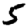
Digit: 5